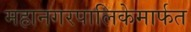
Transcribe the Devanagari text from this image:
महानगरपालिकेमार्फत